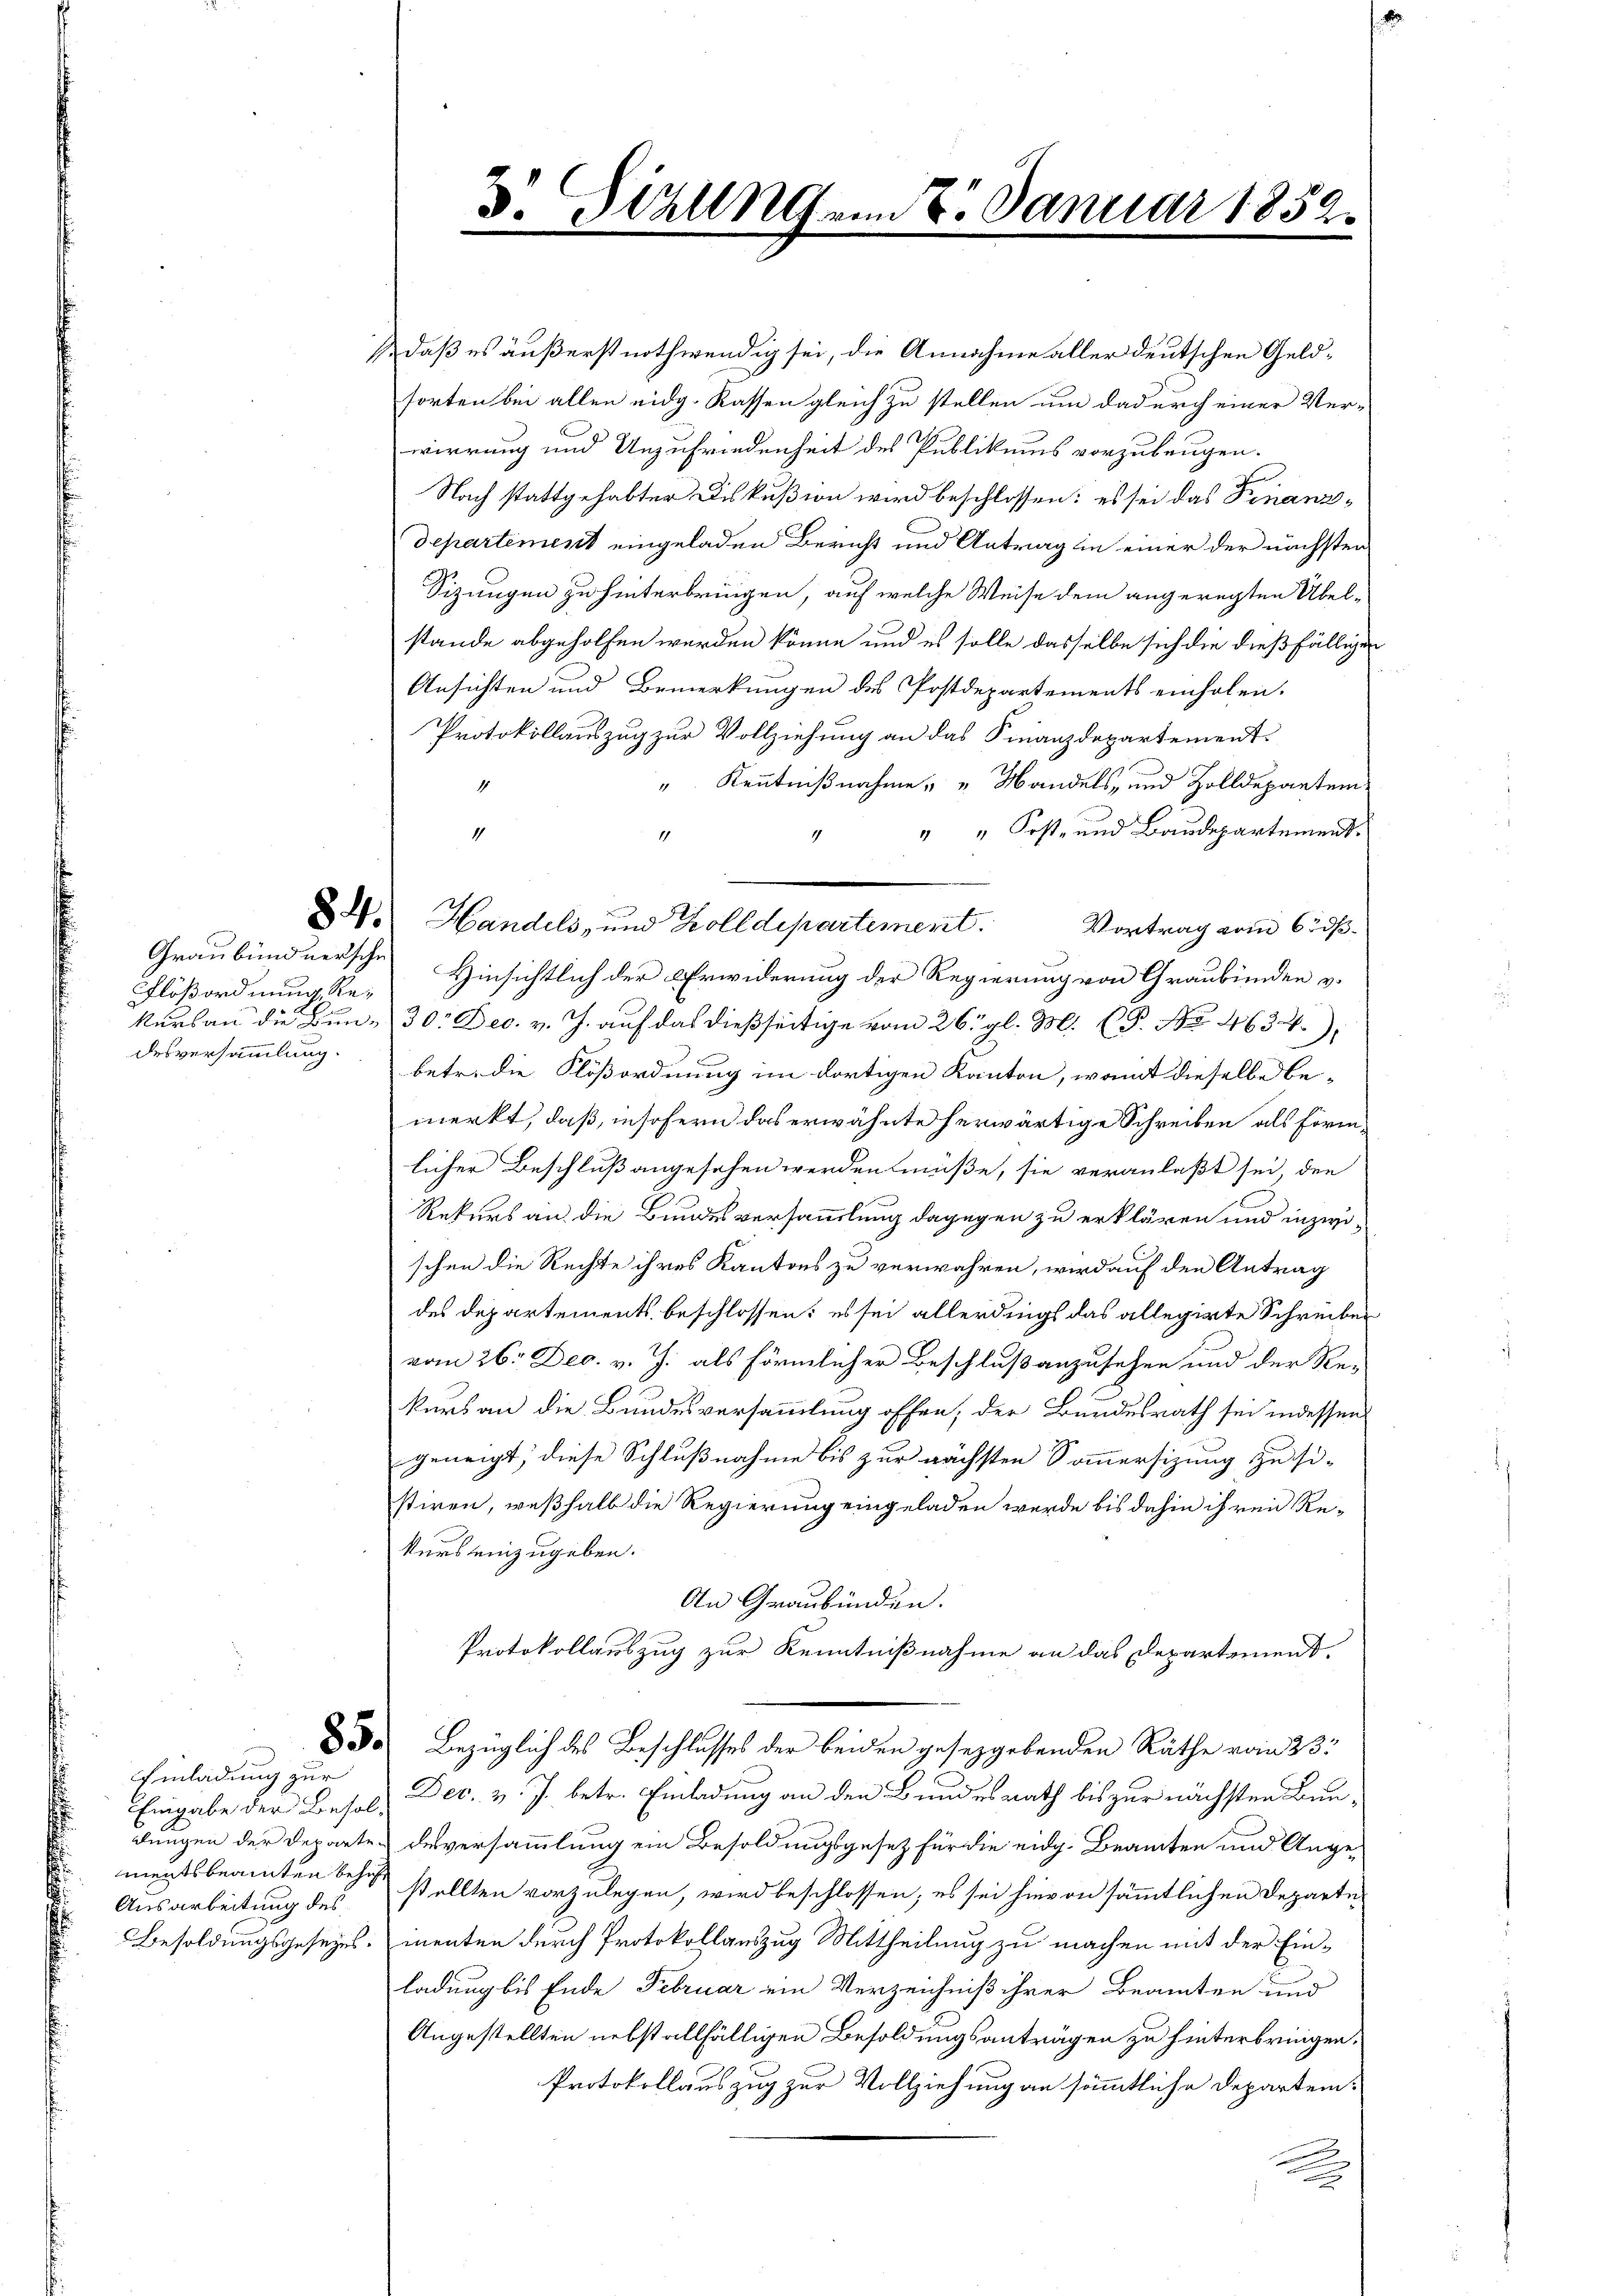
Flößordnung Redesversammlung.

Einladung zur
Eingabe der Besol¬
Ausarbeitung des

Sizung am 8. Januar 1859.

1., daß es äußerst nothwendig sei, die Annahme aller deutschen Geldsorten bei allen eidg. Kassen gleich zu stellen um dadurch einer Ver-
wirrung und Unzufriedenheit des Publikums vorzubeugen.
Nach stattgehabter Diskußion wird beschlossen: es sei das Finanzdepartement eingeladen Bericht und Antrag in einer der nächsten
Sizungen zu hinterbringen, auf welche Weise dem angeregten Übel-
stände abgeholfen werden könne und es solle dasselbe sich die dießfälligen
Ansichten und Bemerkungen des Postdepartements einholen.
Protokollauszug zur Vollziehung an das Finanzdepartement
" Kenntnißnahme " " Wandels- und Zolldepartem
" " Kost- und Baudepartement¬
4
1
Dr. Handels- und Zolldepartement.
Vortrag vom 6 dß.
Graubündnersche Hinsichtlich der Erwiderung der Regierung von Graubünden v.
kurs an die Ben - 30. Dec. v. J. auf das dießseitige vom 26. gl. M. P. No. 4634)
betr. die Flößordnung im dortigen Kanton, womit dieselbe bemerkt, daß, insofern das erwähnte herwärtige Schreiben als Förmlicher Beschluß angesehen werden müße, sie veranlaßt sei, den
Rekurs an die Bundesversammlung dagegen zu erklären und inzwischen die Rechte ihres Kantons zu verwahren, wird auf den Antrag
des Departements beschlossen: es sei allerdings das allegirte Schreiben
vom 26. Dec. v. J. als förmlicher Beschluß anzusehen und der Re-
kurs an die Bundesversammlung offen, der Bundesrath sei indessen
geneigt, diese Schlußnahme bis zur nächsten Sommersizung zu si-
stiren, weßhalb die Regierung eingeladen werde bis dahin ihren Re-
kurs einzugeben.
An Graubünden.
Protokollauszug zur Kenntnißnahme an das Departement.
3 Bezüglich des Beschlusses der beiden gesetzgebenden Räthe vom 23.
Dec. v. J. betr. Einladung an den Bundesrath bis zur nächsten Bundungen der Departe deversammlung ein Besoldungsgesetz für die eidg. Beamten und Angementsbeamten behuf sollten vorzulegen, wird beschlossen; es sei hievon sämmtlichen Departe¬
Besoldungsgesezes menten durch Protokollauszug Mittheilung zu machen mit der Einladung bis Ende Februar ein Verzeichniß ihrer Beamten und
Angestellten nebstallfälligen Besoldungsanträgen zu hinterbringen.
Protokollauszug zur Vollziehung an sämmtliche Departem¬
.